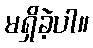
မရှိခဲ့ပါ။